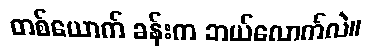
တစ်ယောက် ခန်းက ဘယ်လောက်လဲ။